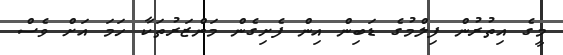
މީގެ އިތުރުން ފިލްމުގެ ޑަބިން އިން ފެށިގެން މަންޒަރުތަކާ ހަމަ އަށް ވެސް